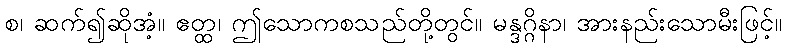
စ၊ ဆက်၍ဆိုအံ့။ ဧတ္ထ၊ ဤသောကစသည်တို့တွင်။ မန္ဒဂ္ဂိနာ၊ အားနည်းသောမီးဖြင့်။